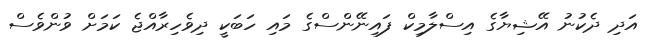
އަދި ދެކުނު އޭޝިޔާގެ އިސްލާމިކް ފައިނޭންސްގެ މައި ހަބަކީ ދިވެހިރާއްޖެ ކަމަށް ވުންވެސް